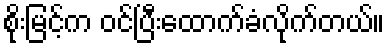
စိုးမြင့်က ဝင်ပြီးထောက်ခံလိုက်တယ်။